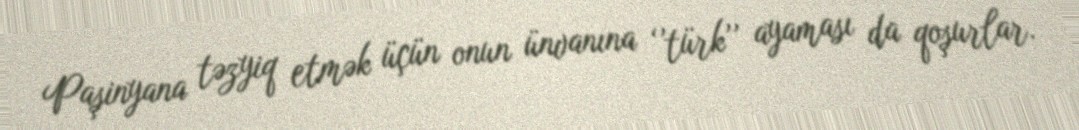
Paşinyana təzyiq etmək üçün onun ünvanına ‘’türk’’ ayaması da qoşurlar.